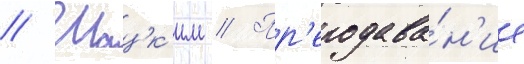
// Шацк'им // Пр'еподава́н'ие